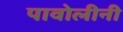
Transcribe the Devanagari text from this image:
पावोलीनी